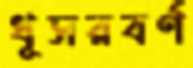
ধূসরবর্ণ